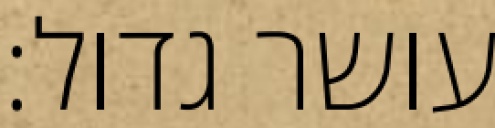
עושר גדול: